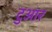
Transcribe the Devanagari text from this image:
टुआर